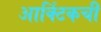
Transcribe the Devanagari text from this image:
आर्क्टिकची